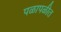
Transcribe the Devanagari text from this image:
पळापळीत